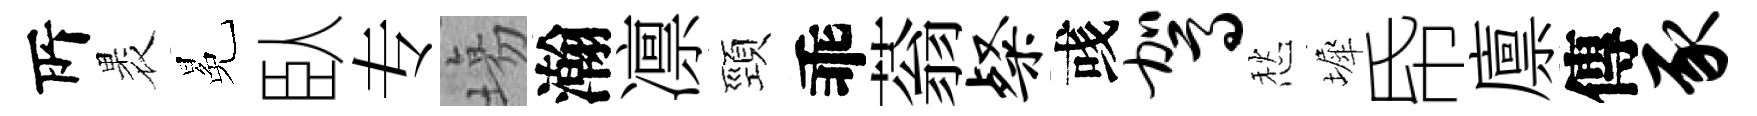
𠩄褁冕臥专塲瀚凛頸乖蓊粲彧驾愁墀帋廪傳豕